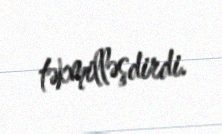
təkmilləşdirdi.